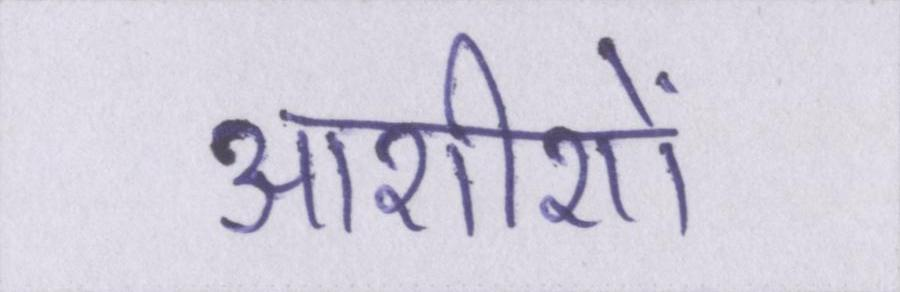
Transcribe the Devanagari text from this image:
आशीशों